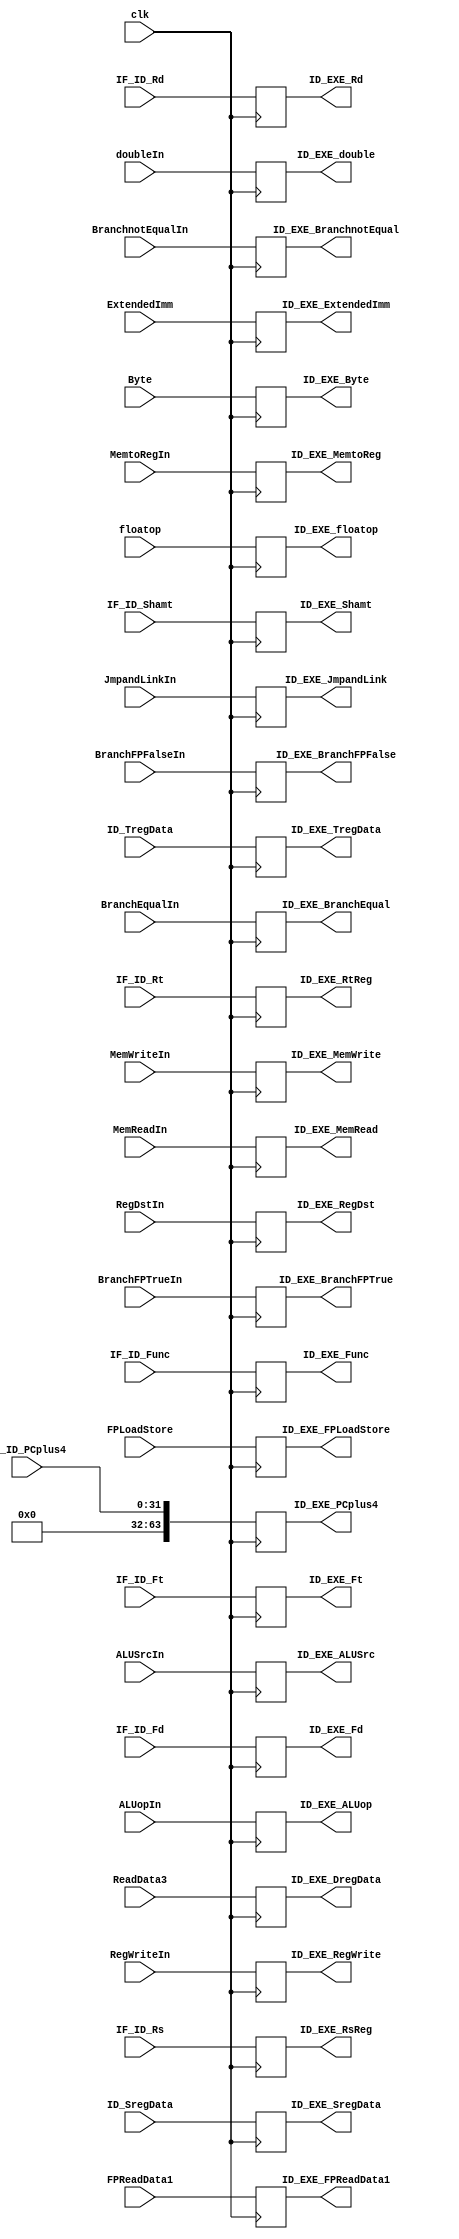
module ID_EXE_Register (ID_EXE_FPReadData1, ID_EXE_FPLoadStore, ID_EXE_Fd, ID_EXE_Ft, ID_EXE_Func, ID_EXE_PCplus4, ID_EXE_SregData, ID_EXE_TregData, ID_EXE_DregData, ID_EXE_Rd, ID_EXE_RtReg, ID_EXE_RsReg, 
								ID_EXE_ExtendedImm, ID_EXE_Shamt, ID_EXE_RegDst, ID_EXE_RegWrite, ID_EXE_MemtoReg, ID_EXE_JmpandLink, ID_EXE_MemRead, ID_EXE_MemWrite,
								ID_EXE_BranchEqual, ID_EXE_BranchnotEqual, ID_EXE_BranchFPTrue, ID_EXE_BranchFPFalse, ID_EXE_ALUop, ID_EXE_ALUSrc, ID_EXE_Byte, ID_EXE_double,
								ID_EXE_floatop, ReadData3, floatop, doubleIn, Byte, IF_ID_Shamt, IF_ID_Func, IF_ID_PCplus4, IF_ID_Rs, IF_ID_Rt, ID_SregData, ID_TregData, IF_ID_Rd, 
								IF_ID_Fd, IF_ID_Ft, FPReadData1, ExtendedImm, RegDstIn, RegWriteIn, MemtoRegIn, JmpandLinkIn, MemReadIn, MemWriteIn, BranchEqualIn, 
								BranchnotEqualIn, BranchFPTrueIn, BranchFPFalseIn, ALUopIn, ALUSrcIn, FPLoadStore, clk);
								
//input
	input FPLoadStore, Byte, RegDstIn, RegWriteIn, MemtoRegIn, JmpandLinkIn, MemReadIn, MemWriteIn, BranchEqualIn, BranchnotEqualIn, ALUSrcIn, BranchFPTrueIn, BranchFPFalseIn,
			doubleIn, floatop, clk;
	input [3:0] ALUopIn;
	input [63:0] ID_SregData, ID_TregData, ReadData3, ExtendedImm, FPReadData1;
	input [31:0] IF_ID_PCplus4;
	input [5:0] IF_ID_Func;
	input [4:0] IF_ID_Shamt, IF_ID_Rd, IF_ID_Rs, IF_ID_Rt, IF_ID_Fd, IF_ID_Ft;
	
//output
	output reg ID_EXE_FPLoadStore, ID_EXE_Byte, ID_EXE_RegDst, ID_EXE_RegWrite, ID_EXE_MemtoReg, ID_EXE_JmpandLink, ID_EXE_MemRead, ID_EXE_MemWrite, ID_EXE_BranchEqual, 
				  ID_EXE_BranchnotEqual, ID_EXE_ALUSrc, ID_EXE_BranchFPFalse, ID_EXE_BranchFPTrue, ID_EXE_double, ID_EXE_floatop;
	output reg [3:0] ID_EXE_ALUop;
	output reg [63:0] ID_EXE_SregData, ID_EXE_TregData, ID_EXE_DregData, ID_EXE_ExtendedImm, ID_EXE_PCplus4, ID_EXE_FPReadData1;
	output reg [5:0] ID_EXE_Func;
	output reg [4:0] ID_EXE_Shamt, ID_EXE_Rd, ID_EXE_RtReg, ID_EXE_RsReg, ID_EXE_Fd, ID_EXE_Ft;
	
	
	always @(posedge clk) 
		begin
			ID_EXE_RegDst <= RegDstIn;
			ID_EXE_MemtoReg <= MemtoRegIn;
			ID_EXE_JmpandLink <= JmpandLinkIn;
			ID_EXE_BranchEqual <= BranchEqualIn;
			ID_EXE_BranchnotEqual <= BranchnotEqualIn;
			ID_EXE_ALUSrc <= ALUSrcIn;
			ID_EXE_ALUop <= ALUopIn;
			ID_EXE_PCplus4 <= {32'b0, IF_ID_PCplus4};
			ID_EXE_SregData <= ID_SregData;
			ID_EXE_TregData <= ID_TregData;
			ID_EXE_ExtendedImm <= ExtendedImm;
			ID_EXE_Rd <= IF_ID_Rd;
			ID_EXE_Func <= IF_ID_Func;
			ID_EXE_Shamt <= IF_ID_Shamt;
			ID_EXE_RtReg <= IF_ID_Rt;
			ID_EXE_RsReg <= IF_ID_Rs;
			ID_EXE_MemRead <= MemReadIn;
			ID_EXE_MemWrite <= MemWriteIn;
			ID_EXE_RegWrite <= RegWriteIn;
			ID_EXE_Byte <= Byte;
			ID_EXE_Fd <= IF_ID_Fd;
			ID_EXE_Ft <= IF_ID_Ft;
			ID_EXE_BranchFPFalse <= BranchFPFalseIn;
			ID_EXE_BranchFPTrue <= BranchFPTrueIn;
			ID_EXE_double <= doubleIn;
			ID_EXE_floatop <= floatop;
			ID_EXE_DregData <= ReadData3;
			ID_EXE_FPLoadStore <= FPLoadStore;
			ID_EXE_FPReadData1 <= FPReadData1;

		end
		
endmodule